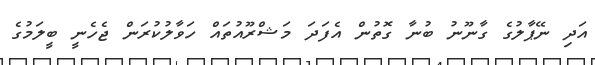
އަދި ނޭޕާލުގެ ގާނޫނު ބުނާ ގޮތުން އެފަދަ މަޝްރޫއުތައް ހަވާލުކުރަން ޖެހެނީ ބީލަމުގެ